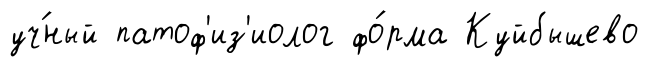
уч́ный патоф'из'иолог фо́рма Куйбышево